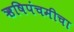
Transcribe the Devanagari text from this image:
ऋषिपंचमीचा